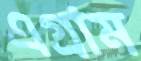
এগ্রাম